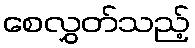
စေလွှတ်သည့်